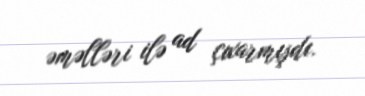
əməlləri ilə ad çıxarmışdı.